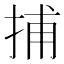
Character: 捕